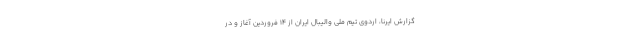
گزارش ایرنا، اردوی تیم ملی والیبال ایران از ۱۴ فروردین آغاز و در